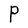
Character: P